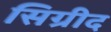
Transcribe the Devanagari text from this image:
सिग्रीद